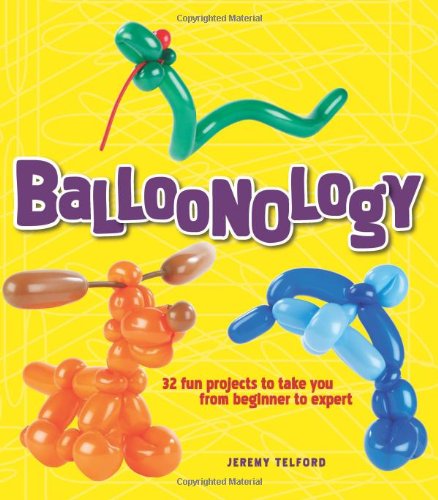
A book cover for Balloonology; Jeremy Telford; Crafts, Hobbies & Home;